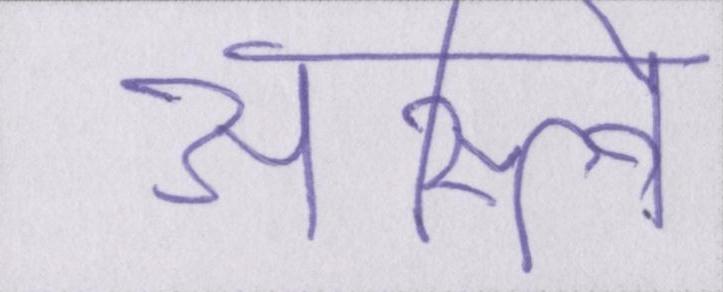
अस्त्वि